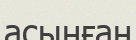
асынған